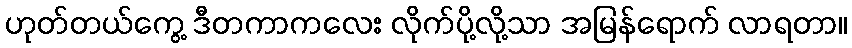
ဟုတ်တယ်ကွေ့ ဒီတကာကလေး လိုက်ပို့လို့သာ အမြန်ရောက် လာရတာ။